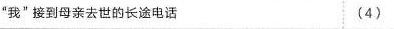
“我”接到母亲去世的长途电话 ( 4 )